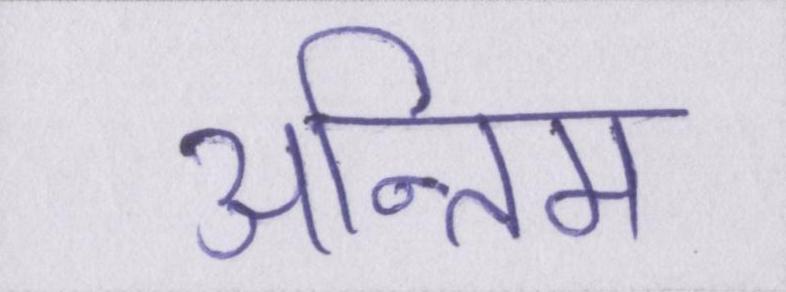
अन्तिम